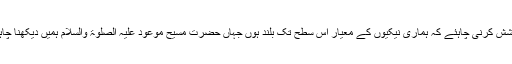
ہمیں کوشش کرنی چاہئے کہ ہماری نیکیوں کے معیار اُس سطح تک بلند ہوں جہاں حضرت مسیح موعود علیہ الصلوٰۃ والسلام ہمیں دیکھنا چاہتے ہیں۔